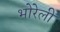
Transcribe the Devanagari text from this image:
भोरेली